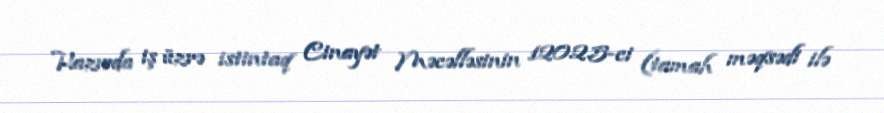
Hazırda iş üzrə istintaq Cinayət Məcəlləsinin 120.2.5-ci (tamah məqsədi ilə